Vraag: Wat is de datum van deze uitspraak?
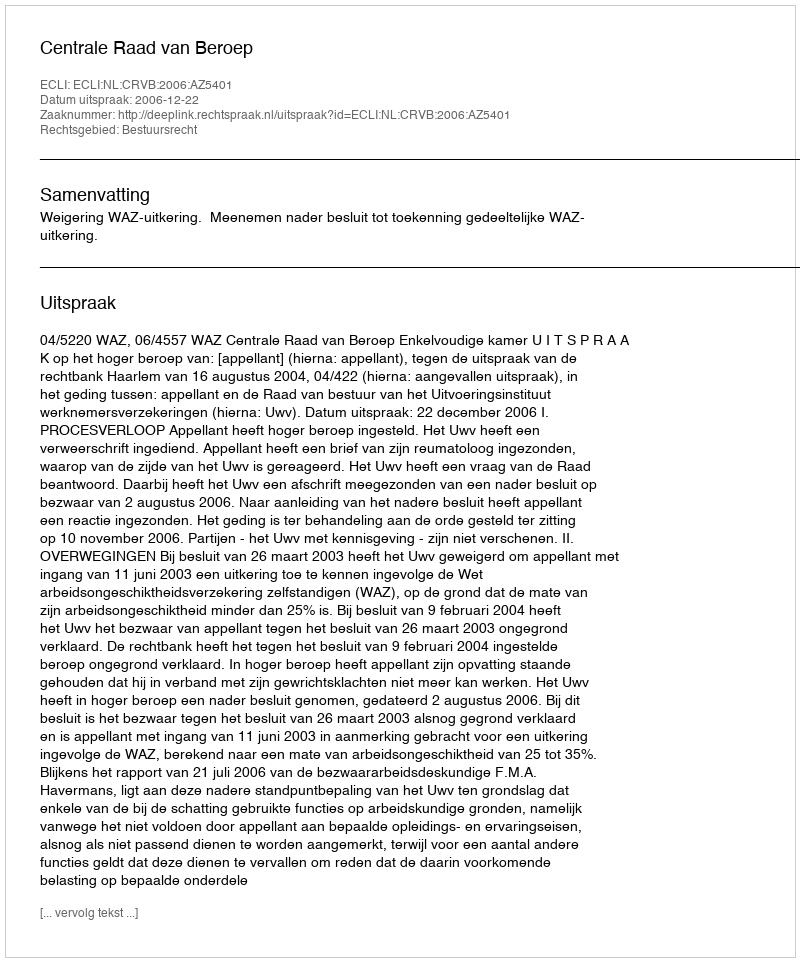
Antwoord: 2006-12-22